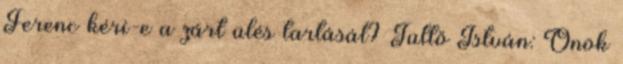
Ferenc kéri-e a zárt ülés tartását? Tüttő István: Önök